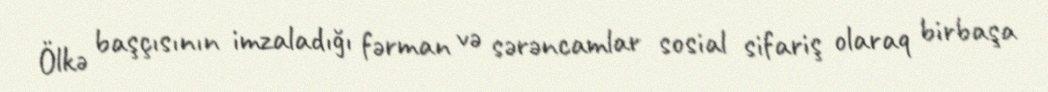
Ölkə başçısının imzaladığı fərman və sərəncamlar sosial sifariş olaraq birbaşa